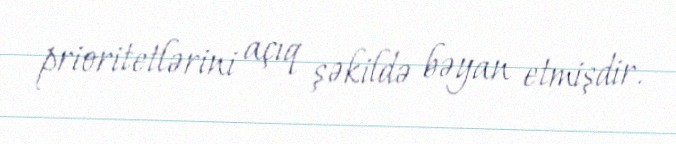
prioritetlərini açıq şəkildə bəyan etmişdir.